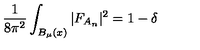
{ \frac { 1 } { 8 \pi ^ { 2 } } } \int _ { B _ { \mu } ( x ) } \vert F _ { A _ { n } } \vert ^ { 2 } = 1 - \delta